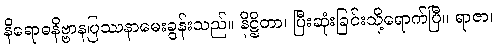
နိရောဓနိဗ္ဗာနပြဿနာမေးခွန်းသည်။ နိဋ္ဌိတာ၊ ပြီးဆုံးခြင်းသို့ရောက်ပြီ။ ရာဇာ၊